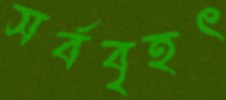
সর্ববৃহৎ